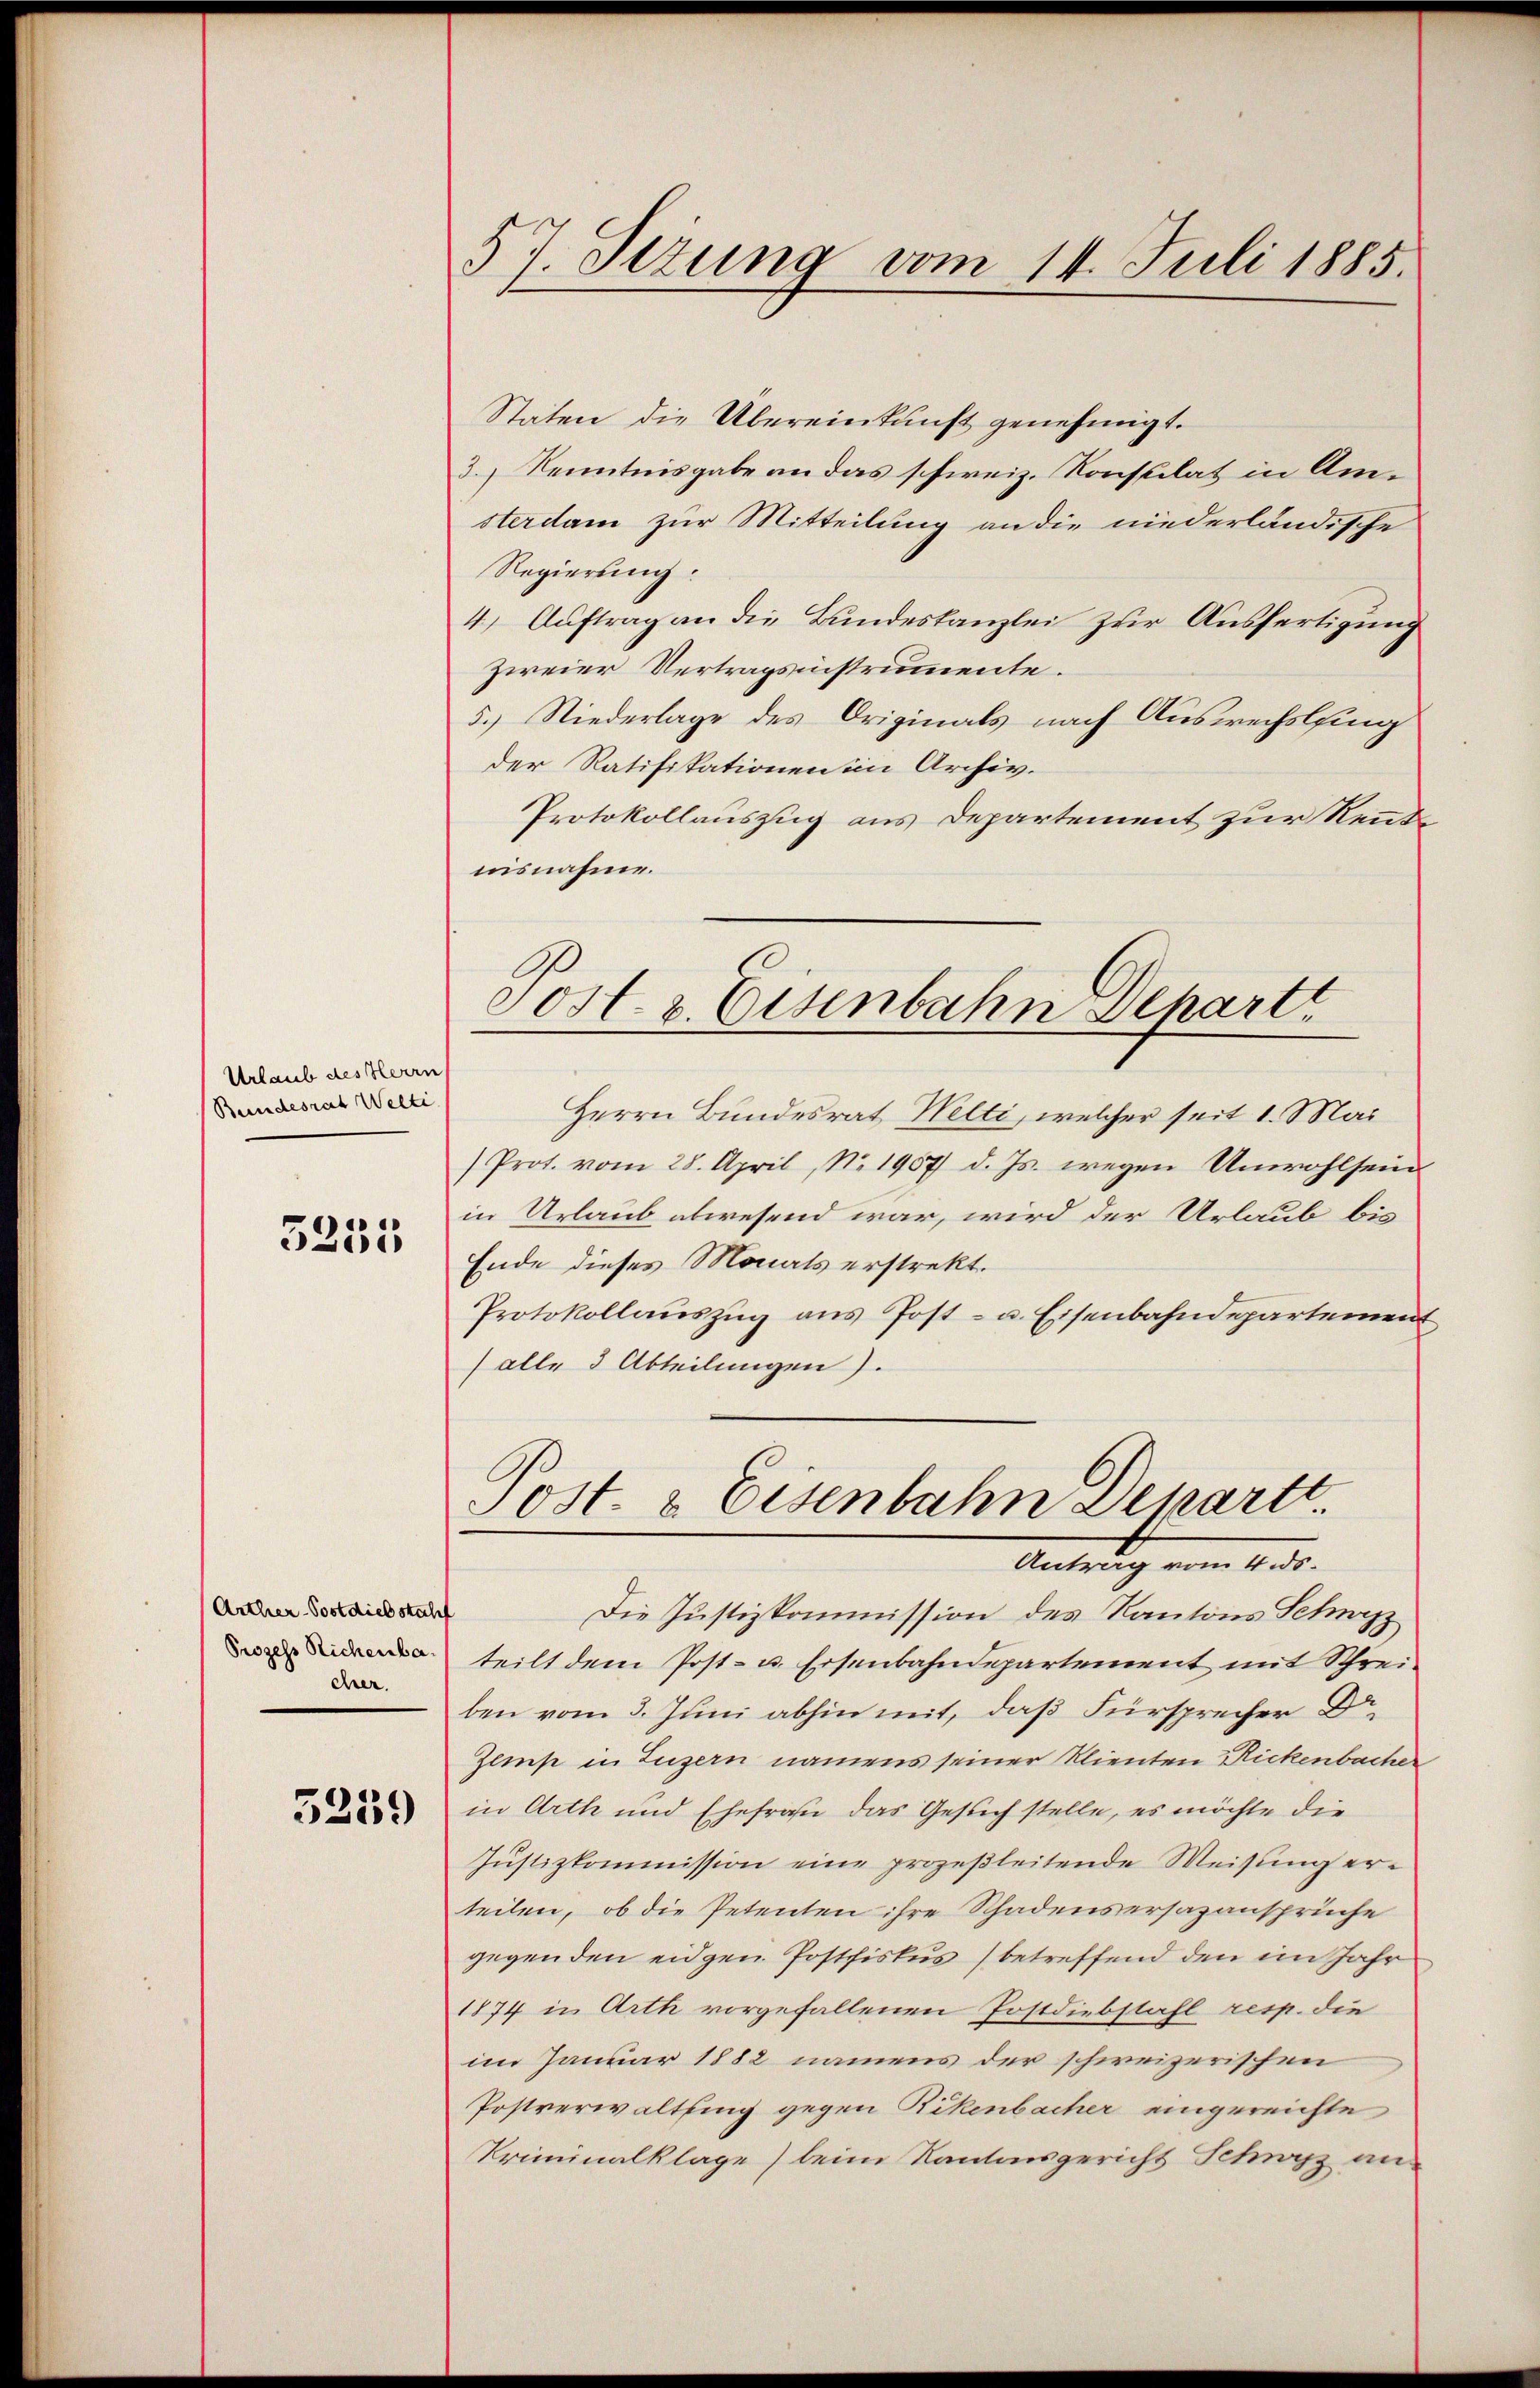
Urlaub des Herrn
Bundesrat Welti

5235

Arther-Postdiebstahl
Prozess Richenba
cher.

3259

57. Stzung vom 14. Juli 1885.

Staten die Übereinkunft genehmigt.
3.) Kenntnisgabe an das schweiz. Konsulat in Amsterdam zur Mitteilung an die niederländische
Regierung:
4) Auftrag an die Bundeskanzlei zur Ausfertigung
zweier Vertragsinstrumente.
5.) Niederlage des Originals nach Auswechsling
der Ratifikationen in Archiv.
Protokollauszug aus Departement zur Renntnisnahme.
Post. v. Eisenbahn Schartt

Herrn Bundesrat Welti, welcher seit 1. Mai
Prot. vom 28. April, N. 1907 d. Js. wegen Unwohlsein
in Urlaub abwesend war, wird der Urlaub bis
Ende dieses Monats erstrekt.
Protokollaŭszŭg ans Post- u. Eisenbahndepartement
(alle 3 Abteilungen).

Post- & Eisenbahn Departt
Antrag vom

Die Justizkommission des Kantons Schweiz
teilt dem Post- u. Eisenbahndepartement mit Schreiben vom 3. Juni abhin mit, daß Fürsprecher Dr.
Zems in Luzern namens seiner Klienten Rickenbacher
in Arth und Ehefrau das Gesuch stelle, es möchte die
Justizkommission eine prozeßleitende Weisung erteilen, ob die Petenten ihre Schadensersazansprüche
gegenden eidgen. Postfiskus betreffend den im Jahr
1874 in Arth vorgefallenen Postdiebstahl resp. die
im Januar 1882 namens der schweizerischen
Postverwaltung gegen Rikenbacher eingereichte
Kriminalklage) beim Kantonsgericht Schwyz an